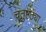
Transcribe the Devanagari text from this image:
चतुष्टठ्या